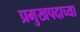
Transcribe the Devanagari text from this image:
प्रमुखपदाच्या